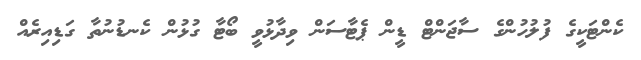
ކެންޓަކީގެ ފުލުހުންގެ ސާޖަންޓް ޑީން ޕެޓާސަން ވިދާޅުވީ ބޯޓާ ގުޅުން ކެނޑުނުތާ ގަޑިއިރެއް